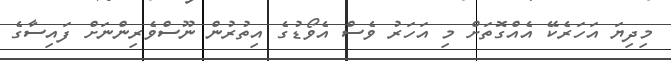
މިދިޔަ އަހަރެކޭ އެއްގޮތަށް މި އަހަރު ވެސް އެވޯޑުގެ އިތުރުން ނޫސްވެރިންނަށް ފައިސާގެ